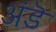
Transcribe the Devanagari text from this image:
अंडॆ